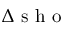
\Delta { \mathrm { ~ s ~ h ~ o ~ } }